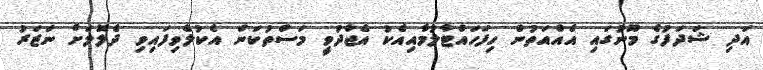
އަދި ޝަދަފުގެ މޫނުގައި އެއްއަތުން ހިފަހައްޓާލުމާއިއެކު އެޖާދުވީ މަސްތުކަން އެކުލެވިފައިވި ދެލޮލަށް ނަޒަރު